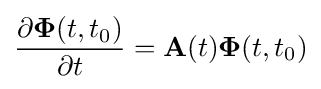
{\frac {\partial \mathbf {\Phi } (t,t_{0})}{\partial t}}=\mathbf {A} (t)\mathbf {\Phi } (t,t_{0})